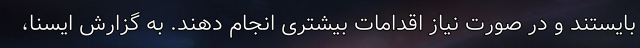
بایستند و در صورت نیاز اقدامات بیشتری انجام دهند. به گزارش ایسنا،